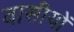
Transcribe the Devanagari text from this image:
वासीयों